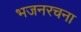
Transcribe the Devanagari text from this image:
भजनरचना